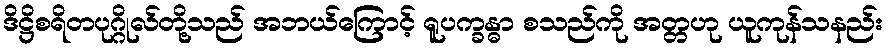
ဒိဋ္ဌိစရိတပုဂ္ဂိုလ်တို့သည် အဘယ်ကြောင့် ရူပက္ခန္ဓာ စသည်ကို အတ္တဟု ယူကုန်သနည်း